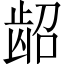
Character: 龆